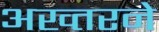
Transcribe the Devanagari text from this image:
अख्तरने